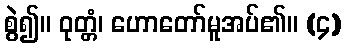
စွဲ၍။ ဝုတ္တံ၊ ဟောတော်မူအပ်၏။ (၄)